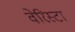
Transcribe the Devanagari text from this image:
वेरिस्टा